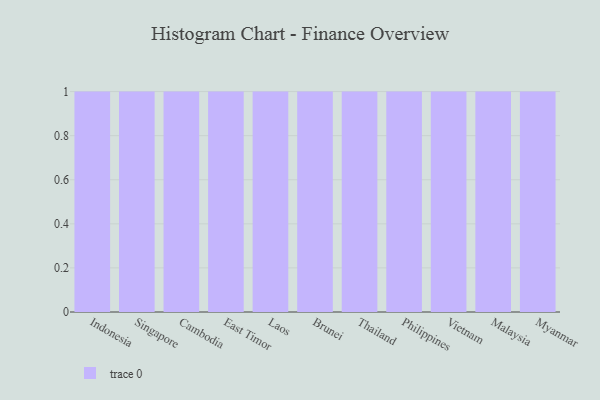
{"axis": {"x": "Country", "y": "Page Views"}, "legend": [""], "data": [{"x": "Indonesia", "y": 14, "type": ""}, {"x": "Singapore", "y": 28, "type": ""}, {"x": "Cambodia", "y": 28, "type": ""}, {"x": "East Timor", "y": 82, "type": ""}, {"x": "Laos", "y": 10, "type": ""}, {"x": "Brunei", "y": 97, "type": ""}, {"x": "Thailand", "y": 76, "type": ""}, {"x": "Philippines", "y": 34, "type": ""}, {"x": "Vietnam", "y": 14, "type": ""}, {"x": "Malaysia", "y": 47, "type": ""}, {"x": "Myanmar", "y": 15, "type": ""}]}